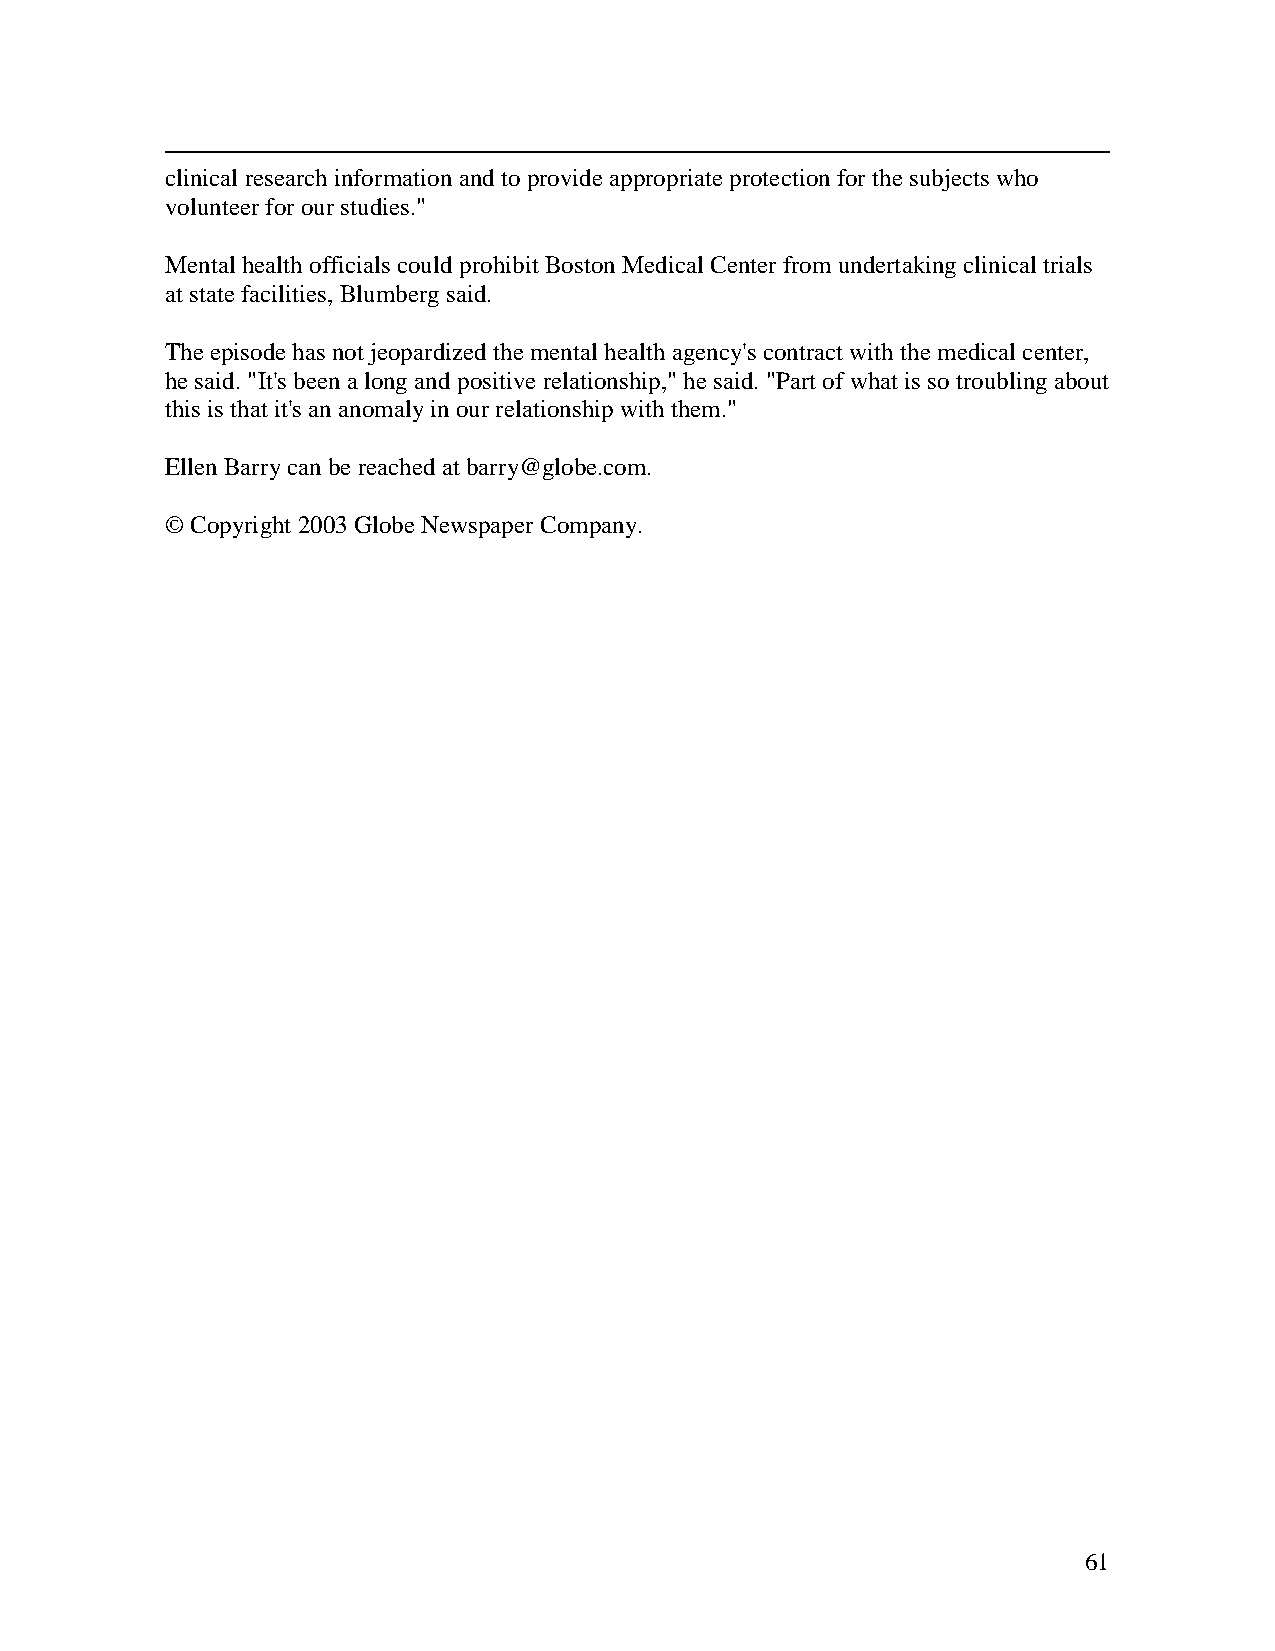
clinical researchinformationandtoprovideappropriateprotectionforthesubjects who
 volunteerforourstudies."
 Mental healthofficials couldprohibit BostonMedical Centerfrom undertakingclinical trials
 at statefacilities, Blumbergsaid.
 Theepisodehas not jeopardizedthemental health agency's contract withthemedical center,
 hesaid."It's been alongandpositiverelationship,"hesaid."Part ofwhat is so troublingabout
 this is that it's ananomalyinourrelationshipwiththem."
 EllenBarrycanbereachedat barry@globe.com.
 ©Copyright 2003Globe NewspaperCompany.
 61